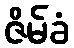
ဇိမ်ခံ